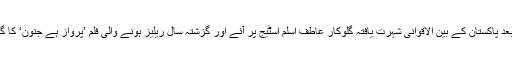
مومنہ مستحسن کے بعد پاکستان کے بین الاقوانی شہرت یافتہ گلوکار عاطف اسلم اسٹیج پر آئے اور گزشتہ سال ریلیز ہونے والی فلم ’پرواز ہے جنون‘ کا گیت ’تھام لو‘ پیش کیا۔